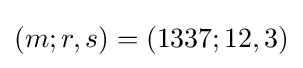
(m;r,s)=(1337;12,3)